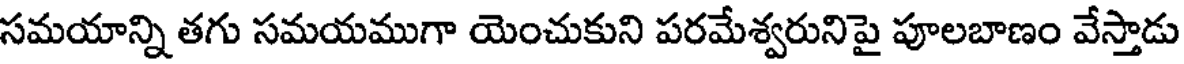
సమయాన్ని తగు సమయముగా యెంచుకుని పరమేశ్వరునిపై పూలబాణం వేస్తాడు